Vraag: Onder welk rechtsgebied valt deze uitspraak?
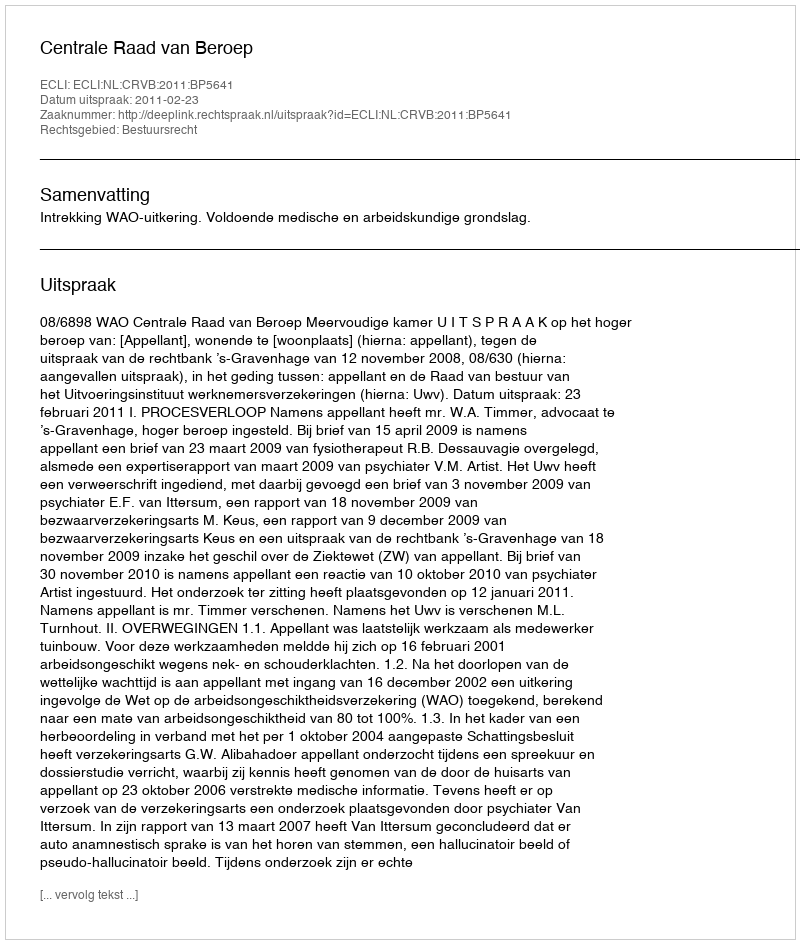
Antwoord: Bestuursrecht